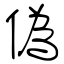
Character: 偽